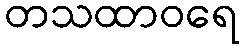
တသထာဝရေ